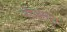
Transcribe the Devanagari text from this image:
रोजमरा